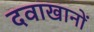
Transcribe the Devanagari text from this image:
दवाखानों